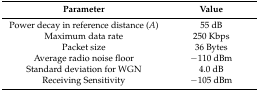
<table><thead><tr><td><b>Parameter</b></td><td><b>Value</b></td></tr></thead><tbody><tr><td>Power decay in reference distance (<i>A</i>)</td><td>55 dB</td></tr><tr><td>Maximum data rate</td><td>250 Kbps</td></tr><tr><td>Packet size</td><td>36 Bytes</td></tr><tr><td>Average radio noise floor</td><td>−110 dBm</td></tr><tr><td>Standard deviation for WGN</td><td>4.0 dB</td></tr><tr><td>Receiving Sensitivity</td><td>−105 dBm</td></tr></tbody></table>